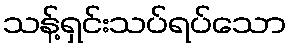
သန့်ရှင်းသပ်ရပ်သော